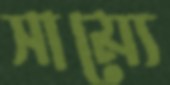
সাম্যে